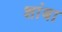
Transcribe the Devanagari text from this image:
शांबा